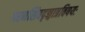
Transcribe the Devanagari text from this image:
परमशिवदृङ्मात्रविषयः